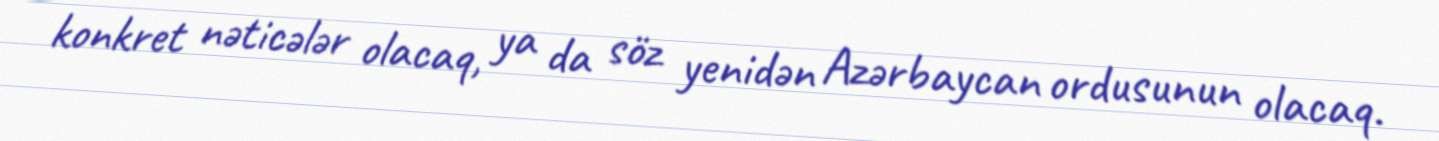
konkret nəticələr olacaq, ya da söz yenidən Azərbaycan ordusunun olacaq.